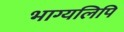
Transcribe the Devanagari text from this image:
भाग्यलिपि